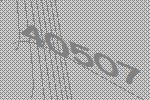
40507